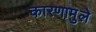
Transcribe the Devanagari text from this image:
कारणामुले